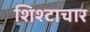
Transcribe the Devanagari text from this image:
शिश्टाचार